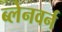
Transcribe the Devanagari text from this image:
ब्लेनवर्न